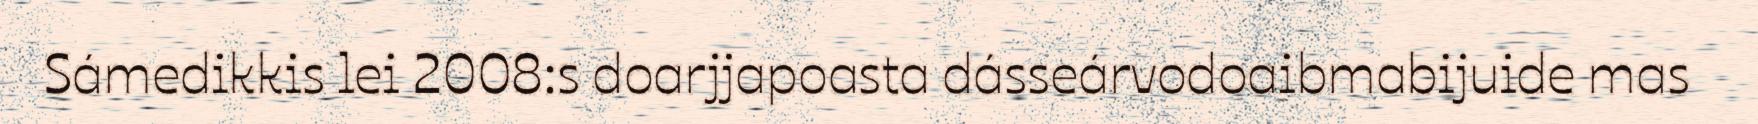
Sámedikkis lei 2008:s doarjjapoasta dásseárvodoaibmabijuide mas